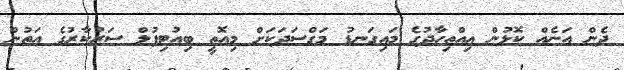
ދެން އަނެއް ކޮޅުން އިއްތިހާދުގެ މައިގަނޑު މަގްސަދަކަށް މިއޮތީ ބިއުޓިފުލް ސަރުކާރުގެ އަތުން